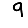
Digit: 9